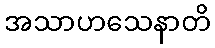
အသာဟသေနာတိ